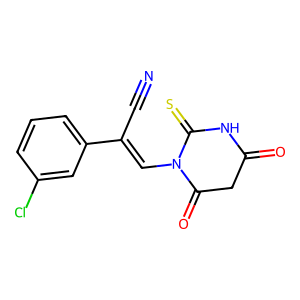
SMILES: N#CC(=CN1C(=O)CC(=O)NC1=S)c1cccc(Cl)c1
Inhibits HIV replication: No